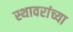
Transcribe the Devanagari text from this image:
स्थावरांच्या